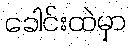
ခေါင်းထဲမှာ